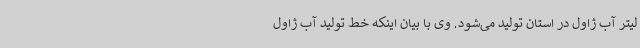
لیتر آب ژاول در استان تولید می‌شود. وی با بیان اینکه خط تولید آب ژاول